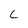
Character: L